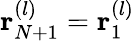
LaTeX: {\mathbf r}_{N+1}^{(l)}={\mathbf r}_{1}^{(l)}